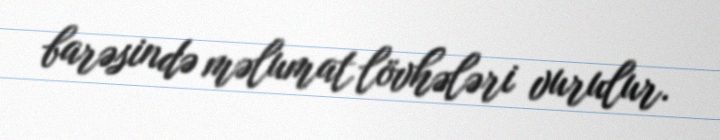
barəsində məlumat lövhələri vurulur.